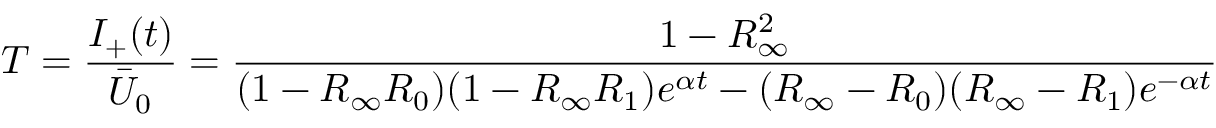
T = \frac { I _ { + } ( t ) } { \bar { U } _ { 0 } } = \frac { 1 - R _ { \infty } ^ { 2 } } { ( 1 - R _ { \infty } R _ { 0 } ) ( 1 - R _ { \infty } R _ { 1 } ) e ^ { \alpha t } - ( R _ { \infty } - R _ { 0 } ) ( R _ { \infty } - R _ { 1 } ) e ^ { - \alpha t } }